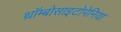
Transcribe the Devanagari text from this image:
थ्रॉम्बोसाइटोपेनिया